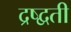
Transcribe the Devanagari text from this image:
द्रष्द्वती